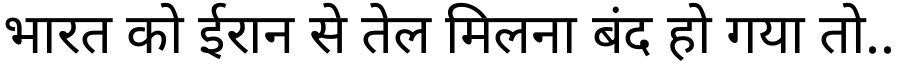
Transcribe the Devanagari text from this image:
भारत को ईरान से तेल मिलना बंद हो गया तो..